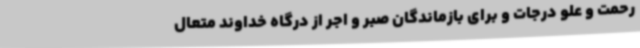
رحمت و علو درجات و برای بازماندگان صبر و اجر از درگاه خداوند متعال